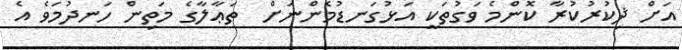
އަށް ޛިކުރުކުރާ ކޮންމެ ވަގުތަކީ އަޅުގަނޑުމެންނަށް  ތަޢާލާގެ މަތިން ހަނދުމަވެ އެ